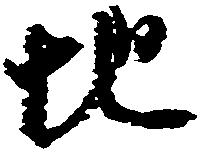
地